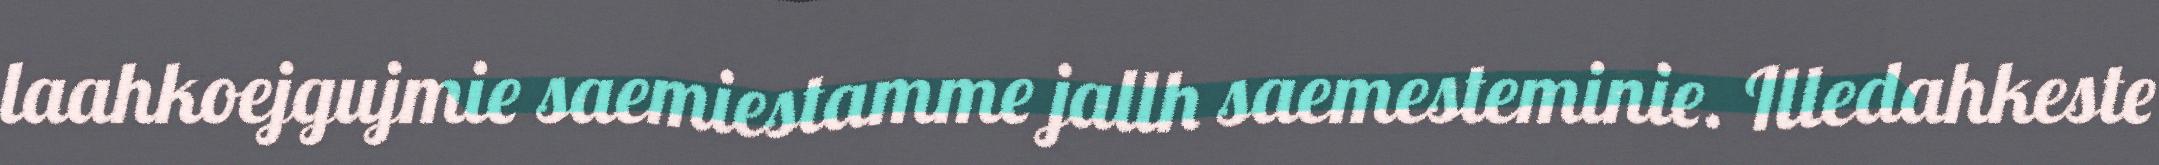
laahkoejgujmie saemiestamme jallh saemesteminie. Illedahkeste